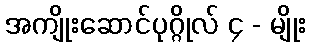
အကျိုးဆောင်ပုဂ္ဂိုလ် ၄ - မျိုး